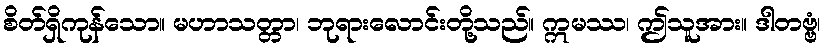
စိတ်ရှိကုန်သော။ မဟာသတ္တာ၊ ဘုရားလောင်းတို့သည်။ ဣမဿ၊ ဤသူအား။ ဒါတဗ္ဗံ၊